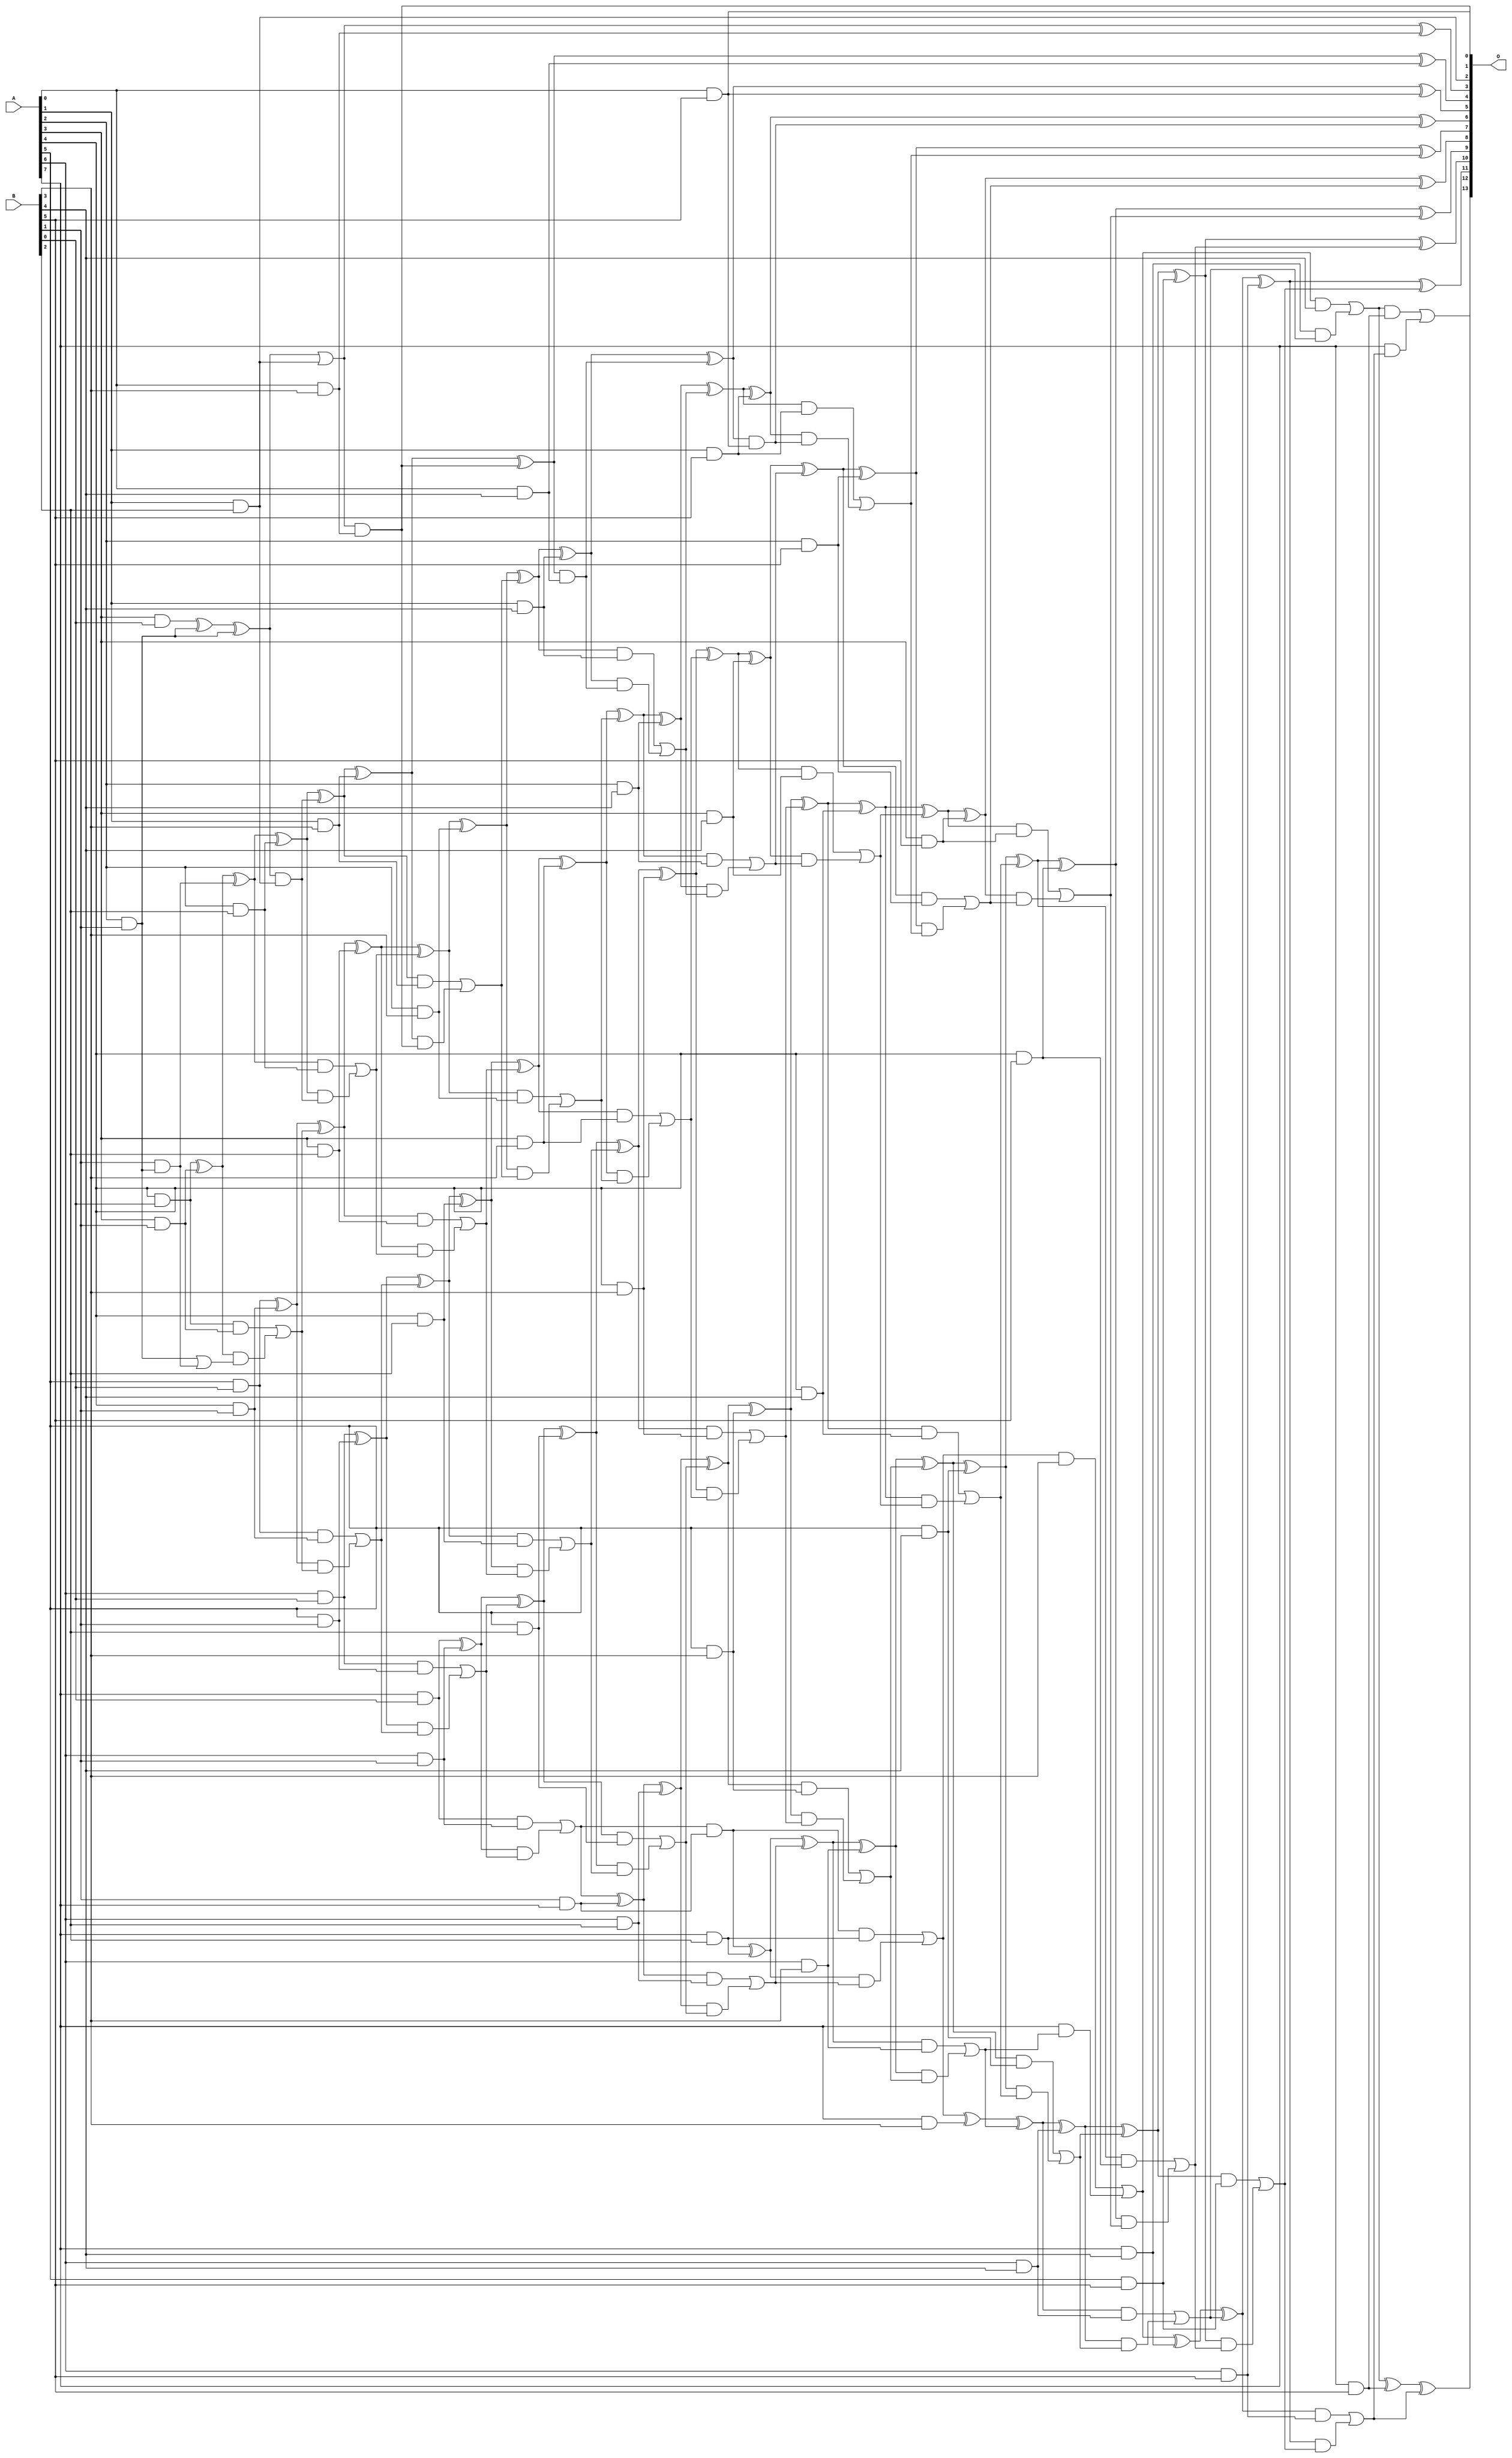
/***
* This code is a part of EvoApproxLib library (ehw.fit.vutbr.cz/approxlib) distributed under The MIT License.
* When used, please cite the following article(s): V. Mrazek, L. Sekanina, Z. Vasicek "Libraries of Approximate Circuits: Automated Design and Application in CNN Accelerators" IEEE Journal on Emerging and Selected Topics in Circuits and Systems, Vol 10, No 4, 2020 
* This file contains a circuit from a sub-set of pareto optimal circuits with respect to the pwr and mae parameters
***/
// MAE% = 0.019 %
// MAE = 3.1 
// WCE% = 0.061 %
// WCE = 10 
// WCRE% = 100.00 %
// EP% = 73.83 %
// MRE% = 0.60 %
// MSE = 17 
// PDK45_PWR = 0.239 mW
// PDK45_AREA = 448.7 um2
// PDK45_DELAY = 1.37 ns

module mul8x6u_446 (
    A,
    B,
    O
);

input [7:0] A;
input [5:0] B;
output [13:0] O;

wire sig_16,sig_17,sig_18,sig_19,sig_20,sig_21,sig_23,sig_24,sig_25,sig_26,sig_27,sig_28,sig_37,sig_39,sig_40,sig_41,sig_42,sig_43,sig_44,sig_45;
wire sig_46,sig_47,sig_48,sig_49,sig_50,sig_51,sig_52,sig_53,sig_54,sig_55,sig_56,sig_57,sig_58,sig_59,sig_60,sig_61,sig_62,sig_63,sig_65,sig_66;
wire sig_67,sig_68,sig_69,sig_70,sig_71,sig_73,sig_74,sig_75,sig_79,sig_80,sig_81,sig_82,sig_83,sig_84,sig_85,sig_86,sig_87,sig_88,sig_89,sig_90;
wire sig_91,sig_92,sig_93,sig_94,sig_95,sig_96,sig_97,sig_98,sig_99,sig_100,sig_101,sig_102,sig_103,sig_104,sig_106,sig_107,sig_108,sig_109,sig_110,sig_111;
wire sig_112,sig_113,sig_114,sig_115,sig_116,sig_117,sig_118,sig_119,sig_120,sig_121,sig_122,sig_123,sig_124,sig_125,sig_126,sig_127,sig_128,sig_129,sig_130,sig_131;
wire sig_132,sig_133,sig_134,sig_135,sig_136,sig_137,sig_138,sig_139,sig_140,sig_141,sig_142,sig_143,sig_144,sig_145,sig_146,sig_147,sig_148,sig_149,sig_150,sig_151;
wire sig_152,sig_153,sig_154,sig_155,sig_156,sig_157,sig_158,sig_159,sig_160,sig_161,sig_162,sig_163,sig_164,sig_165,sig_166,sig_167,sig_168,sig_169,sig_170,sig_171;
wire sig_172,sig_173,sig_174,sig_175,sig_176,sig_177,sig_178,sig_179,sig_180,sig_181,sig_182,sig_183,sig_184,sig_185,sig_186,sig_187,sig_188,sig_189,sig_190,sig_191;
wire sig_192,sig_193,sig_194,sig_195,sig_196,sig_197,sig_198,sig_199,sig_200,sig_201,sig_202,sig_203,sig_204,sig_205,sig_206,sig_207,sig_208,sig_209,sig_210,sig_211;
wire sig_212,sig_213,sig_214,sig_215,sig_216,sig_217,sig_218,sig_219,sig_220,sig_221,sig_222,sig_223,sig_224,sig_225,sig_226,sig_227,sig_228,sig_229,sig_230,sig_231;
wire sig_232,sig_233,sig_234,sig_235,sig_236,sig_237,sig_238,sig_239,sig_240,sig_241,sig_242,sig_243;

assign sig_16 = B[1] & A[7];
assign sig_17 = A[3] & B[0];
assign sig_18 = A[4] & B[0];
assign sig_19 = A[5] & B[0];
assign sig_20 = A[6] & B[0];
assign sig_21 = A[7] & B[0];
assign sig_23 = A[2] & B[1];
assign sig_24 = A[2] & B[1];
assign sig_25 = A[3] & B[1];
assign sig_26 = A[4] & B[1];
assign sig_27 = A[5] & B[1];
assign sig_28 = A[6] & B[1];
assign sig_37 = sig_17 ^ sig_24;
assign sig_39 = B[1] & sig_23;
assign sig_40 = sig_37 ^ sig_23;
assign sig_41 = sig_23 | sig_39;
assign sig_42 = sig_18 ^ sig_25;
assign sig_43 = sig_18 & sig_25;
assign sig_44 = sig_42 & sig_41;
assign sig_45 = sig_42 ^ sig_39;
assign sig_46 = sig_43 | sig_44;
assign sig_47 = sig_19 ^ sig_26;
assign sig_48 = sig_19 & sig_26;
assign sig_49 = sig_47 & sig_46;
assign sig_50 = sig_47 ^ sig_46;
assign sig_51 = sig_48 | sig_49;
assign sig_52 = sig_20 ^ sig_27;
assign sig_53 = sig_20 & sig_27;
assign sig_54 = sig_52 & sig_51;
assign sig_55 = sig_52 ^ sig_51;
assign sig_56 = sig_53 | sig_54;
assign sig_57 = sig_21 ^ sig_28;
assign sig_58 = sig_21 & sig_28;
assign sig_59 = sig_57 & sig_56;
assign sig_60 = sig_57 ^ sig_56;
assign sig_61 = sig_58 | sig_59;
assign sig_62 = sig_61 & sig_16;
assign sig_63 = sig_61 ^ sig_16;
assign sig_65 = A[1] & B[2];
assign sig_66 = A[2] & B[2];
assign sig_67 = A[3] & B[2];
assign sig_68 = A[4] & B[2];
assign sig_69 = A[5] & B[2];
assign sig_70 = A[6] & B[2];
assign sig_71 = A[7] & B[2];
assign sig_73 = sig_62 & sig_71;
assign sig_74 = sig_40 | sig_65;
assign sig_75 = sig_40 & sig_65;
assign sig_79 = sig_45 ^ sig_66;
assign sig_80 = sig_45 & sig_66;
assign sig_81 = sig_79 & sig_75;
assign sig_82 = sig_79 ^ sig_75;
assign sig_83 = sig_80 | sig_81;
assign sig_84 = sig_50 ^ sig_67;
assign sig_85 = sig_50 & sig_67;
assign sig_86 = sig_84 & sig_83;
assign sig_87 = sig_84 ^ sig_83;
assign sig_88 = sig_85 | sig_86;
assign sig_89 = sig_55 ^ sig_68;
assign sig_90 = sig_55 & sig_68;
assign sig_91 = sig_89 & sig_88;
assign sig_92 = sig_89 ^ sig_88;
assign sig_93 = sig_90 | sig_91;
assign sig_94 = sig_60 ^ sig_69;
assign sig_95 = sig_60 & sig_69;
assign sig_96 = sig_94 & sig_93;
assign sig_97 = sig_94 ^ sig_93;
assign sig_98 = sig_95 | sig_96;
assign sig_99 = sig_63 ^ sig_70;
assign sig_100 = sig_63 & sig_70;
assign sig_101 = sig_99 & sig_98;
assign sig_102 = sig_99 ^ sig_98;
assign sig_103 = sig_100 | sig_101;
assign sig_104 = sig_62 ^ sig_71;
assign sig_106 = sig_104 & sig_103;
assign sig_107 = sig_104 ^ sig_103;
assign sig_108 = sig_73 | sig_106;
assign sig_109 = A[0] & B[3];
assign sig_110 = A[1] & B[3];
assign sig_111 = A[2] & B[3];
assign sig_112 = A[3] & B[3];
assign sig_113 = A[4] & B[3];
assign sig_114 = A[5] & B[3];
assign sig_115 = A[6] & B[3];
assign sig_116 = A[7] & B[3];
assign sig_117 = sig_74 & sig_109;
assign sig_118 = sig_74 ^ sig_109;
assign sig_119 = sig_82 ^ sig_110;
assign sig_120 = sig_82 & sig_110;
assign sig_121 = sig_119 & sig_117;
assign sig_122 = sig_119 ^ sig_117;
assign sig_123 = sig_120 | sig_121;
assign sig_124 = sig_87 ^ sig_111;
assign sig_125 = sig_87 & sig_111;
assign sig_126 = sig_124 & sig_123;
assign sig_127 = sig_124 ^ sig_123;
assign sig_128 = sig_125 | sig_126;
assign sig_129 = sig_92 ^ sig_112;
assign sig_130 = sig_92 & sig_112;
assign sig_131 = sig_129 & sig_128;
assign sig_132 = sig_129 ^ sig_128;
assign sig_133 = sig_130 | sig_131;
assign sig_134 = sig_97 ^ sig_113;
assign sig_135 = sig_97 & sig_113;
assign sig_136 = sig_134 & sig_133;
assign sig_137 = sig_134 ^ sig_133;
assign sig_138 = sig_135 | sig_136;
assign sig_139 = sig_102 ^ sig_114;
assign sig_140 = sig_102 & sig_114;
assign sig_141 = sig_139 & sig_138;
assign sig_142 = sig_139 ^ sig_138;
assign sig_143 = sig_140 | sig_141;
assign sig_144 = sig_107 ^ sig_115;
assign sig_145 = sig_107 & sig_115;
assign sig_146 = sig_144 & sig_143;
assign sig_147 = sig_144 ^ sig_143;
assign sig_148 = sig_145 | sig_146;
assign sig_149 = sig_108 ^ sig_116;
assign sig_150 = sig_108 & B[3];
assign sig_151 = A[7] & sig_148;
assign sig_152 = sig_149 ^ sig_148;
assign sig_153 = sig_150 | sig_151;
assign sig_154 = A[0] & B[4];
assign sig_155 = A[1] & B[4];
assign sig_156 = A[2] & B[4];
assign sig_157 = A[3] & B[4];
assign sig_158 = A[4] & B[4];
assign sig_159 = A[5] & B[4];
assign sig_160 = A[6] & B[4];
assign sig_161 = A[7] & B[4];
assign sig_162 = sig_122 & sig_154;
assign sig_163 = sig_122 ^ sig_154;
assign sig_164 = sig_127 ^ sig_155;
assign sig_165 = sig_127 & sig_155;
assign sig_166 = sig_164 & sig_162;
assign sig_167 = sig_164 ^ sig_162;
assign sig_168 = sig_165 | sig_166;
assign sig_169 = sig_132 ^ sig_156;
assign sig_170 = sig_132 & sig_156;
assign sig_171 = sig_169 & sig_168;
assign sig_172 = sig_169 ^ sig_168;
assign sig_173 = sig_170 | sig_171;
assign sig_174 = sig_137 ^ sig_157;
assign sig_175 = sig_137 & sig_157;
assign sig_176 = sig_174 & sig_173;
assign sig_177 = sig_174 ^ sig_173;
assign sig_178 = sig_175 | sig_176;
assign sig_179 = sig_142 ^ sig_158;
assign sig_180 = sig_142 & sig_158;
assign sig_181 = sig_179 & sig_178;
assign sig_182 = sig_179 ^ sig_178;
assign sig_183 = sig_180 | sig_181;
assign sig_184 = sig_147 ^ sig_159;
assign sig_185 = sig_147 & sig_159;
assign sig_186 = sig_184 & sig_183;
assign sig_187 = sig_184 ^ sig_183;
assign sig_188 = sig_185 | sig_186;
assign sig_189 = sig_152 ^ sig_160;
assign sig_190 = sig_152 & sig_160;
assign sig_191 = sig_189 & sig_188;
assign sig_192 = sig_189 ^ sig_188;
assign sig_193 = sig_190 | sig_191;
assign sig_194 = sig_153 ^ sig_161;
assign sig_195 = sig_153 & B[4];
assign sig_196 = sig_161 & sig_193;
assign sig_197 = sig_194 ^ sig_193;
assign sig_198 = sig_195 | sig_196;
assign sig_199 = A[0] & B[5];
assign sig_200 = A[1] & B[5];
assign sig_201 = A[2] & B[5];
assign sig_202 = A[3] & B[5];
assign sig_203 = A[4] & B[5];
assign sig_204 = A[5] & B[5];
assign sig_205 = A[6] & B[5];
assign sig_206 = A[7] & B[5];
assign sig_207 = sig_167 & sig_199;
assign sig_208 = sig_167 ^ sig_199;
assign sig_209 = sig_172 ^ sig_200;
assign sig_210 = sig_172 & sig_200;
assign sig_211 = sig_209 & sig_207;
assign sig_212 = sig_209 ^ sig_207;
assign sig_213 = sig_210 | sig_211;
assign sig_214 = sig_177 ^ sig_201;
assign sig_215 = sig_177 & sig_201;
assign sig_216 = sig_214 & sig_213;
assign sig_217 = sig_214 ^ sig_213;
assign sig_218 = sig_215 | sig_216;
assign sig_219 = sig_182 ^ sig_202;
assign sig_220 = sig_182 & sig_202;
assign sig_221 = sig_219 & sig_218;
assign sig_222 = sig_219 ^ sig_218;
assign sig_223 = sig_220 | sig_221;
assign sig_224 = sig_187 ^ sig_203;
assign sig_225 = sig_187 & sig_203;
assign sig_226 = sig_224 & sig_223;
assign sig_227 = sig_224 ^ sig_223;
assign sig_228 = sig_225 | sig_226;
assign sig_229 = sig_192 ^ sig_204;
assign sig_230 = sig_192 & sig_204;
assign sig_231 = sig_229 & sig_228;
assign sig_232 = sig_229 ^ sig_228;
assign sig_233 = sig_230 | sig_231;
assign sig_234 = sig_197 ^ sig_205;
assign sig_235 = sig_197 & sig_205;
assign sig_236 = sig_234 & sig_233;
assign sig_237 = sig_234 ^ sig_233;
assign sig_238 = sig_235 | sig_236;
assign sig_239 = sig_198 ^ sig_206;
assign sig_240 = sig_198 & sig_206;
assign sig_241 = A[7] & sig_238;
assign sig_242 = sig_239 ^ sig_238;
assign sig_243 = sig_240 | sig_241;

assign O[13] = sig_243;
assign O[12] = sig_242;
assign O[11] = sig_237;
assign O[10] = sig_232;
assign O[9] = sig_227;
assign O[8] = sig_222;
assign O[7] = sig_217;
assign O[6] = sig_212;
assign O[5] = sig_208;
assign O[4] = sig_163;
assign O[3] = sig_118;
assign O[2] = sig_65;
assign O[1] = sig_199;
assign O[0] = sig_117;

endmodule